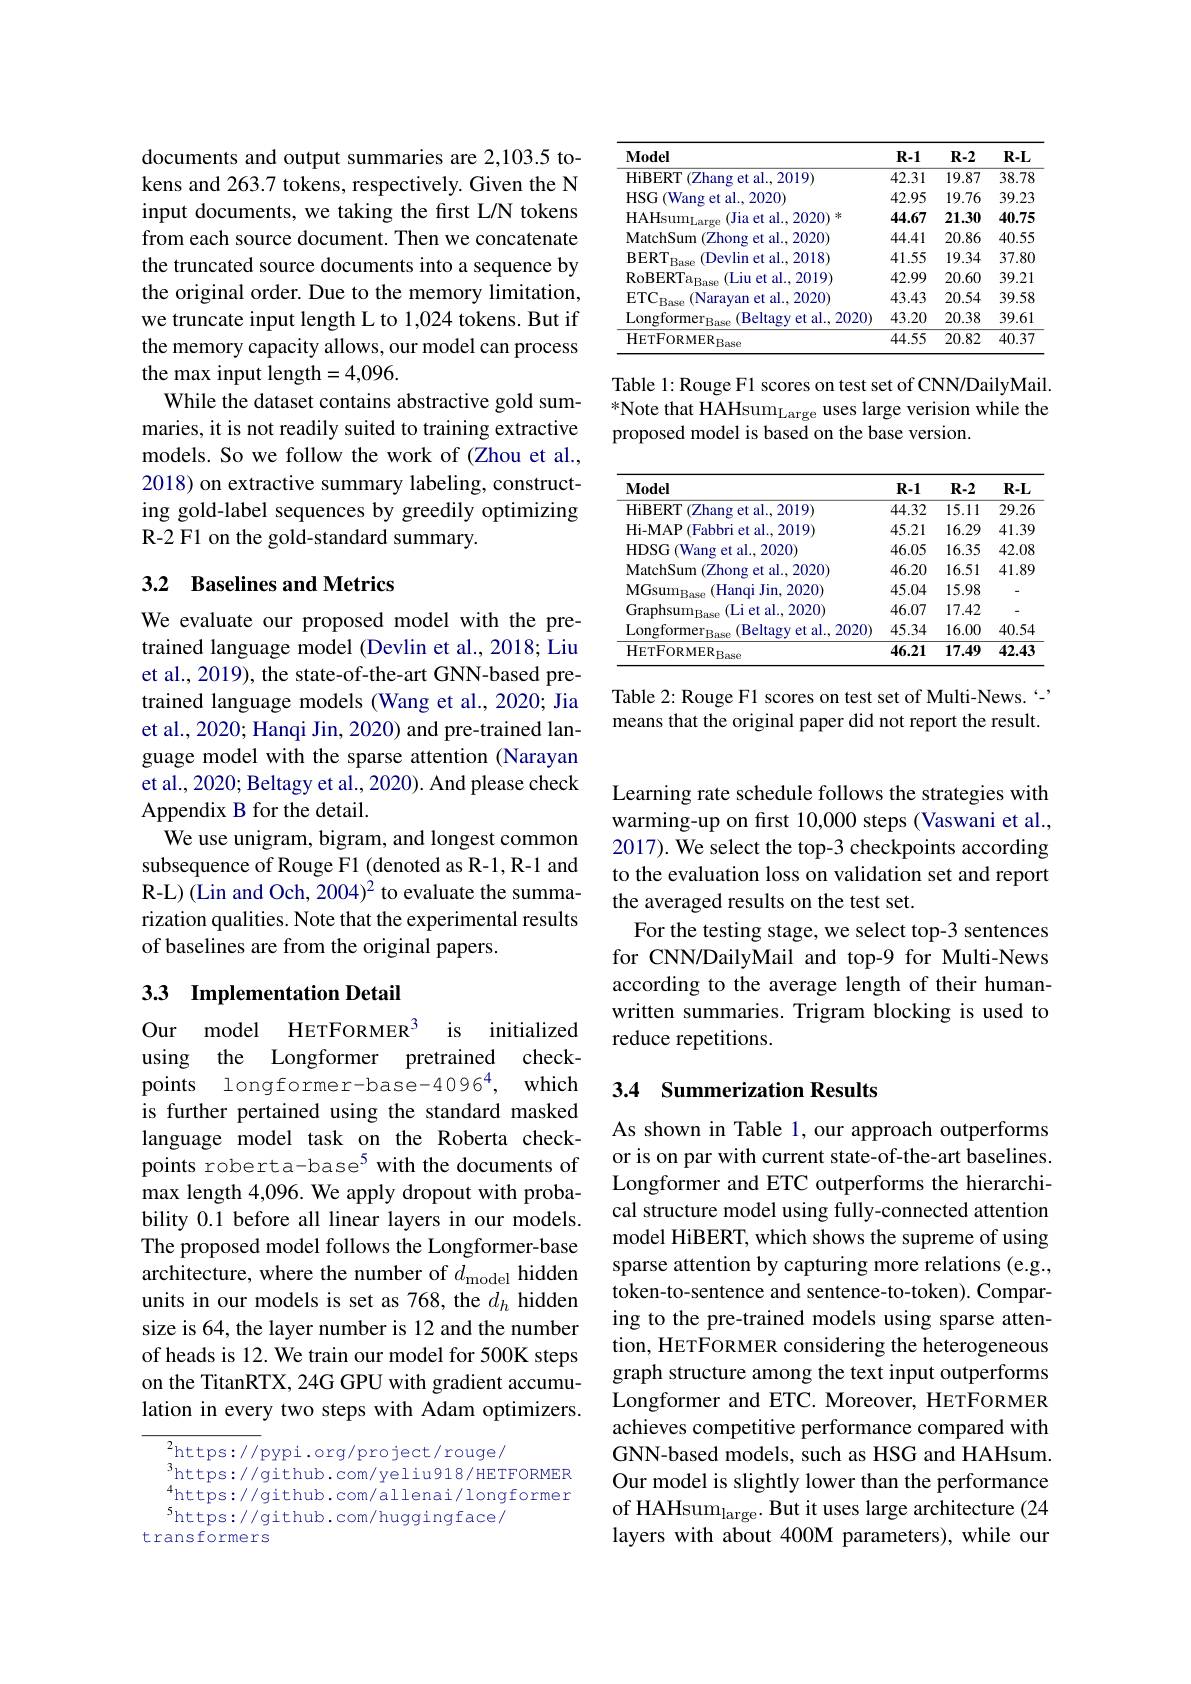
documents and output summaries are 2,103.5 tokens and 263.7 tokens, respectively. Given the N input documents, we taking the first L/N tokens from each source document. Then we concatenate the truncated source documents into a sequence by the original order. Due to the memory limitation, we truncate input length L to 1,024 tokens. But if the memory capacity allows, our model can process the max input length=4,096.
While the dataset contains abstractive gold summaries, it is not readily suited to training extractive models. So we follow the work of (Zhou et al., 2018) on extractive summary labeling, constructing gold-label sequences by greedily optimizing R-2 F1 on the gold-standard summary.

## 3.2 Baselines and Metrics

We evaluate our proposed model with the pretrained language model (Devlin et al., 2018; Liu et al., 2019), the state-of-the-art GNN-based pretrained language models (Wang et al., 2020; Jia et al., 2020; Hanqi Jin, 2020) and pre-trained language model with the sparse attention (Narayan et al., 2020; Beltagy et al., 2020). And please check Appendix B for the detail.
We use unigram, bigram, and longest common subsequence of Rouge F1 (denoted as R-1, R-1 and R-L) (Lin and Och, 2004)$^2$ to evaluate the summarization qualities. Note that the experimental results of baselines are from the original papers.

## 3.3 Implementation Detail

Our model HETFORMER$^{3}$ is initialized using the Longformer pretrained checkpoints longformer-base-4096$^{4}$, which is further pertained using the standard masked language model task on the Roberta checkpoints roberta-base$^{5}$ with the documents of max length 4,096. We apply dropout with probability 0.1 before all linear layers in our models. The proposed model follows the Longformer-base architecture, where the number of $d_\mathrm{model}$ hidden units in our models is set as 768, the $d_h$ hidden size is 64, the layer number is 12 and the number of heads is 12. We train our model for 500K steps on the TitanRTX, 24G GPU with gradient accumulation in every two steps with Adam optimizers.

${}^{2}$https://pypi.org/project/rouge/
$^{3}$https://github.com/yeliu918/HETFORMER $^{4}$https://github.com/allenai/longformer shttps://github.com/huggingface/
transformers

<table>
	<tbody>
		<tr>
			<th>$\mathbf{Model}$</th>
			<th>$R-1$</th>
			<th>$R-2$</th>
			<th>$R-L$</th>
		</tr>
		<tr>
			<td>HiBERT (Zhang et al., 2019)</td>
			<td>42.31</td>
			<td>19.87</td>
			<td>38.78</td>
		</tr>
		<tr>
			<td>HSG ${\mathrm{r}}($Wang et al., 2020)</td>
			<td>42.95</td>
			<td>19.76</td>
			<td>39.23</td>
		</tr>
		<tr>
			<td>$\mathrm{HAHsum}_{\mathrm{Large}}$ (Jia et al., 2020) 米</td>
			<td>44.67</td>
			<td>21.30</td>
			<td>40.75</td>
		</tr>
		<tr>
			<td>MatchSum (Zhong et al., 2020)</td>
			<td>44.41</td>
			<td>20.86</td>
			<td>40.55</td>
		</tr>
		<tr>
			<td>$\mathrm{BERT}_{\mathrm{Base}}$ (Devlin et al..2018</td>
			<td>41.55</td>
			<td>19.34</td>
			<td>37.80</td>
		</tr>
		<tr>
			<td>$\mathrm{RoBERTa}_{\mathrm{Base}}$ (Liu et al., 2019)</td>
			<td>42.99</td>
			<td>20.60</td>
			<td>39.21</td>
		</tr>
		<tr>
			<td>$\mathrm{ETC}_{\mathrm{Bas}}$ (Naravan et al..2020)</td>
			<td>43.43</td>
			<td>20.54</td>
			<td>39.58</td>
		</tr>
		<tr>
			<td>$\mathrm{Longformer}_{\mathrm{Base}}$ (Beltagy et al., 2020)</td>
			<td>43.20</td>
			<td>20.38</td>
			<td>39.61</td>
		</tr>
		<tr>
			<td>${\mathrm{HETFORMER}}_{\mathrm{Base}}$</td>
			<td>44.55</td>
			<td>20.82</td>
			<td>40.37</td>
		</tr>
	</tbody>
</table>

Table 1: Rouge F1 scores on test set of CNN/DailyMail. $^{*}$Note that HAHsum$_\mathrm{Large}$ uses large verision while the proposed model is based on the base version.

<table>
	<tbody>
		<tr>
			<th>$\mathbf{Model}$</th>
			<th>$R-1$</th>
			<th>$R-2$</th>
			<th>$R-L$</th>
		</tr>
		<tr>
			<td>HiBERT (Zhang et al., 2019)</td>
			<td>44.32</td>
			<td>15.11</td>
			<td>29.26</td>
		</tr>
		<tr>
			<td>Hi-MAP (Fabbri et al.,2019)</td>
			<td>45.21</td>
			<td>16.29</td>
			<td>41.39</td>
		</tr>
		<tr>
			<td>HDSG (Wang et al., 2020)</td>
			<td>46.05</td>
			<td>16.35</td>
			<td>42.08</td>
		</tr>
		<tr>
			<td>MatchSum (Zhong et al., 2020)</td>
			<td>46.20</td>
			<td>16.51</td>
			<td>41.89</td>
		</tr>
		<tr>
			<td>$\mathrm{MGsum}_{\mathrm{Bas}}$ (Hanqi Jin, 2020)</td>
			<td>45.04</td>
			<td>15.98</td>
			<td>-</td>
		</tr>
		<tr>
			<td>Graphsum$_\mathrm{Ba}$ 10 (Li et al.,2020)</td>
			<td>46.07</td>
			<td>17.42</td>
			<td>-</td>
		</tr>
		<tr>
			<td>$\mathrm{Longformer}_{\mathrm{Base}}$ (Beltagy et al., 2020)</td>
			<td>45.34</td>
			<td>16.00</td>
			<td>40.54</td>
		</tr>
		<tr>
			<td>${\mathrm{HETFORMER}_{\mathrm{Base}}}$</td>
			<td>46.21</td>
			<td>17.49</td>
			<td>42.43</td>
		</tr>
	</tbody>
</table>

Table 2: Rouge F1 scores on test set of Multi-News. " means that the original paper did not report the result.

Learning rate schedule follows the strategies with warming-up on first 10,000 steps (Vaswani et al., 2017). We select the top-3 checkpoints according to the evaluation loss on validation set and report the averaged results on the test set.
For the testing stage, we select top-3 sentences for CNN/DailyMail and top-9 for Multi-News according to the average length of their humanwritten summaries. Trigram blocking is used to reduce repetitions.

### 3.4 Summerization Results

As shown in Table 1, our approach outperforms or is on par with current state-of-the-art baselines. Longformer and ETC outperforms the hierarchical structure model using fully-connected attention model HiBERT, which shows the supreme of using sparse attention by capturing more relations (e.g., token-to-sentence and sentence-to-token). Comparing to the pre-trained models using sparse attention, HETFORMER considering the heterogeneous graph structure among the text input outperforms Longformer and ETC. Moreover, HeTFORMER achieves competitive performance compared with GNN-based models, such as HSG and HAHsum. Our model is slightly lower than the performance of HAHsum$_\mathrm{large}.$ But it uses large architecture (24 layers with about 400M parameters), while our